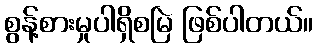
စွန့်စားမှုပါရှိစမြဲ ဖြစ်ပါတယ်။